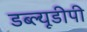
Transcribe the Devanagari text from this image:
डब्ल्यूडीपी